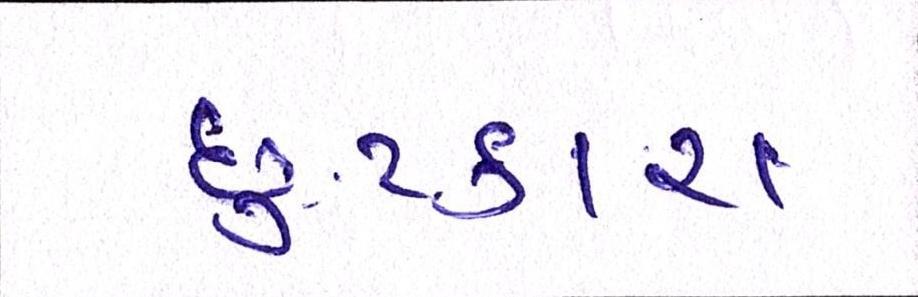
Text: છુટકારા